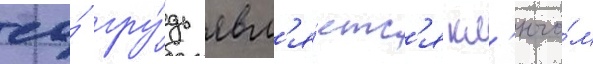
ео́ гру́дь явл'я́етс'я кл'ючо́м